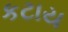
કટાય